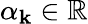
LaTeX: \alpha_{\mathbf{k}}\in\mathbb{{R}}